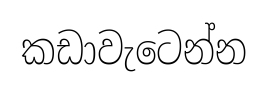
කඩාවැටෙන්න